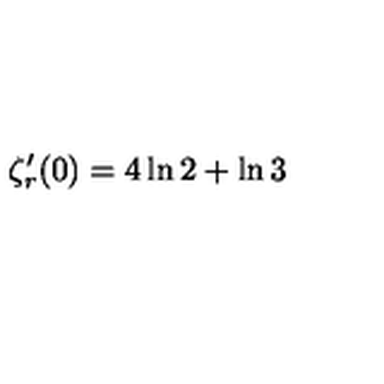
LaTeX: \zeta _ { r } ^ { \prime } ( 0 ) = 4 \ln 2 + \ln 3